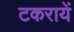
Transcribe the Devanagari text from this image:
टकरायें